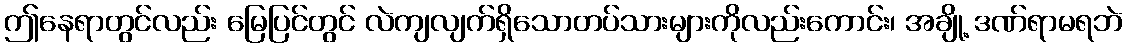
ဤနေရာတွင်လည်း မြေပြင်တွင် လဲကျလျက်ရှိသောတပ်သားများကိုလည်းကောင်း၊ အချို့ ဒဏ်ရာမရဘဲ